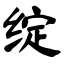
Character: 绽